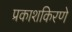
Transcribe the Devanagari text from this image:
प्रकाशकिरणे